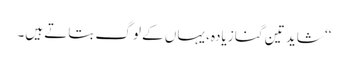
‘‘ شاید تین گنا زیادہ، یہاں کے لوگ بتاتے ہیں۔